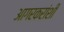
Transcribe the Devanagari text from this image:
आगरकरांशी